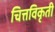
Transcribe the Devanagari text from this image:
चित्तविकृती